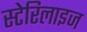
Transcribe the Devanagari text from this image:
स्टेरिलाइज